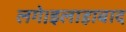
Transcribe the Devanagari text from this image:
लगे।इलाहाबाद